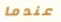
عندما